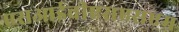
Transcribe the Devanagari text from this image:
एसआईवीएसएसएम